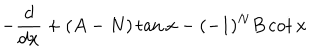
- \frac { d } { d x } + ( A - N ) \tan x - ( - 1 ) ^ { N } B \cot x